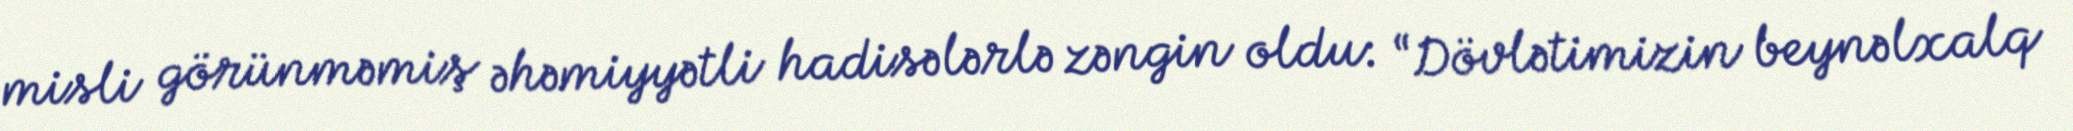
misli görünməmiş əhəmiyyətli hadisələrlə zəngin oldu: “Dövlətimizin beynəlxalq